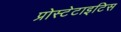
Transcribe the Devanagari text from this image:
प्रोस्टेटाइटिस